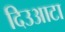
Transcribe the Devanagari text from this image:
दिउआटा